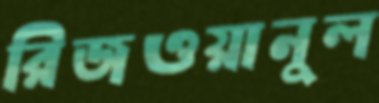
রিজওয়ানুল